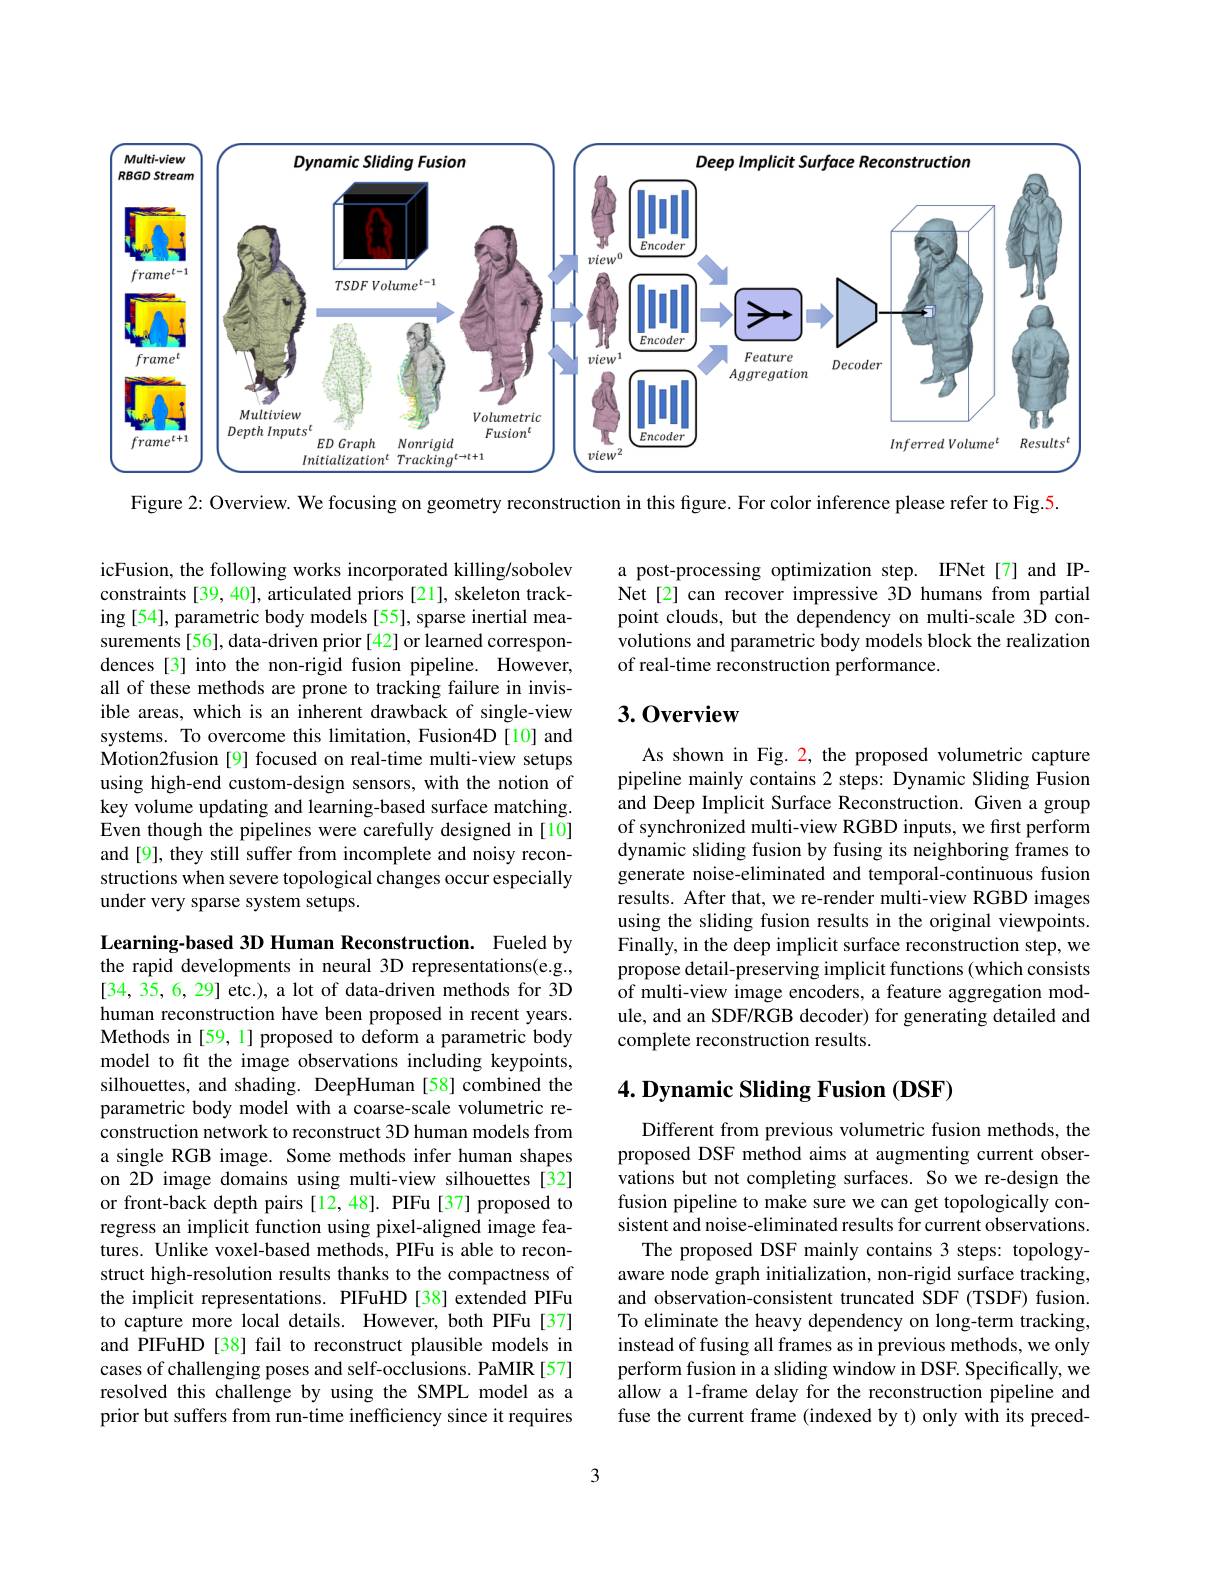
<FigureHere>

Figure 2: Overview. We focusing on geometry reconstruction in this figure. For color inference please refer to Fig.5

a post-processing optimization step. IFNet[7] and IPNet[2] can recover impressive 3D humans from partial point clouds, but the dependency on multi-scale 3D convolutions and parametric body models block the realization of real-time reconstruction performance.

## 3.0verview

icFusion, the following works incorporated killing/sobolev constraints [39, 40], articulated priors [21], skeleton tracking [54], parametric body models [55], sparse inertial measurements[56], data-driven prior[42] or learned correspondences [3] into the non-rigid fusion pipeline. However, all of these methods are prone to tracking failure in invisible areas, which is an inherent drawback of single-view systems. To overcome this limitation, Fusion4D [10] and Motion2fusion [9] focused on real-time multi-view setups using high-end custom-design sensors, with the notion of key volume updating and learning-based surface matching. Even though the pipelines were carefully designed in [10] and[9], they still suffer from incomplete and noisy reconstructions when severe topological changes occur especially under very sparse system setups.

As shown in Fig. 2, the proposed volumetric capture pipeline mainly contains 2 steps: Dynamic Sliding Fusion and Deep Implicit Surface Reconstruction. Given a group of synchronized multi-view RGBD inputs, we first perform dynamic sliding fusion by fusing its neighboring frames to generate noise-eliminated and temporal-continuous fusion results. After that, we re-render multi-view RGBD images using the sliding fusion results in the original viewpoints. Finally, in the deep implicit surface reconstruction step, we propose detail-preserving implicit functions (which consists of multi-view image encoders, a feature aggregation module, and an SDF/RGB decoder) for generating detailed and complete reconstruction results.

## $4. \textbf{ Dynamic Sliding Fusion }( \mathbf{DSF})$

Learning-based 3D Human Reconstruction. Fueled by the rapid developments in neural 3D representations(e.g., [34, 35, 6, 29] etc.), a lot of data-driven methods for 3D human reconstruction have been proposed in recent years. Methods in[59, 1] proposed to deform a parametric body model to fit the image observations including keypoints, silhouettes, and shading. DeepHuman [58] combined the parametric body model with a coarse-scale volumetric reconstruction network to reconstruct 3D human models from a single RGB image. Some methods infer human shapes on 2D image domains using multi-view silhouettes[32] or front-back depth pairs [12,48]. PIFu [37] proposed to regress an implicit function using pixel-aligned image features. Unlike voxel-based methods, PIFu is able to reconstruct high-resolution results thanks to the compactness of the implicit representations. PIFuHD [38] extended PIFu to capture more local details. However, both PIFu[37] and PIFuHD [38] fail to reconstruct plausible models in cases of challenging poses and self-occlusions. PaMIR [57] resolved this challenge by using the SMPL model as a prior but suffers from run-time inefficiency since it requires

Different from previous volumetric fusion methods, the proposed DSF method aims at augmenting current observations but not completing surfaces. So we re-design the fusion pipeline to make sure we can get topologically consistent and noise-eliminated results for current observations.
The proposed DSF mainly contains 3 steps: topologyaware node graph initialization, non-rigid surface tracking, and observation-consistent truncated SDF (TSDF) fusion. To eliminate the heavy dependency on long-term tracking, instead of fusing all frames as in previous methods, we only perform fusion in a sliding window in DSF. Specifically, we allow a 1-frame delay for the reconstruction pipeline and fuse the current frame (indexed by t) only with its preced-

3